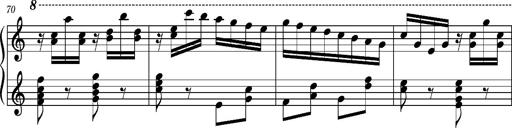
Title: Ungarischer Romanzero
Composer: Franz Liszt